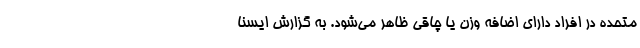
متحده در افراد دارای اضافه وزن یا چاقی ظاهر می‌شود. به گزارش ایسنا